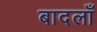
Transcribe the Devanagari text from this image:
बादलाँ